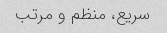
سریع، منظم و مرتب